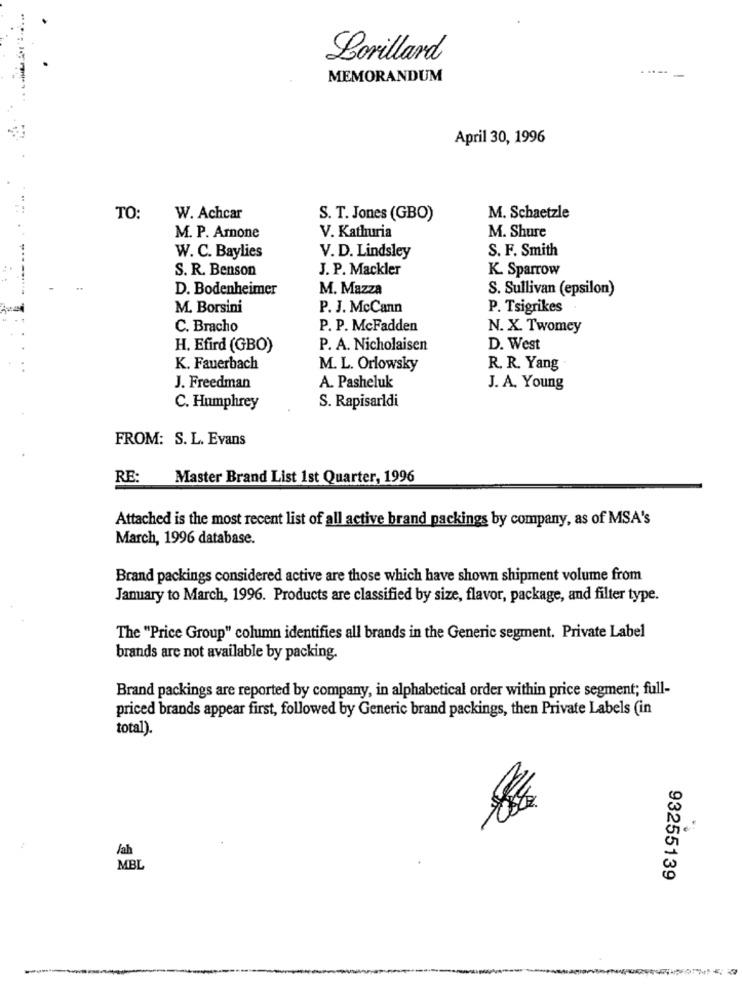
Lorillard
MEMORANDUM
April 30, 1996
TO:
W. Achcar
S. T. Jones (GBO)
M. Schaetzle
M. P. Amone
V. Kathuria
M. Shure
W. C. Baylies
S. F. Smith
V. D. Lindsley
S. R. Benson
J. P. Mackler
K. Sparrow
D. Bodenheimer
M. Mazza
S. Sullivan (epsilon)
M. Borsini
P. J. McCann
P. Tsigrikes
C. Bracho
P. P. McFadden
N. X. Twomey
H. Efird (GBO)
P. A. Nicholaisen
D. West
K. Fauerbach
M. L. Orlowsky
R. R. Yang
J. Freedman
A. Pasheluk
J. A. Young
C. Humphrey
S. Rapisarldi
FROM: S. L. Evans
RE:
Master Brand List 1st Quarter, 1996
Attached is the most recent list of all active brand packings by company, as of MSA's
March, 1996 database.
Brand packings considered active are those which have shown shipment volume from
January to March, 1996. Products are classified by size, flavor, package, and filter type.
The "Price Group" column identifies all brands in the Generic segment. Private Label
brands are not available by packing.
Brand packings are reported by company, in alphabetical order within price segment; full-
priced brands appear first, followed by Generic brand packings, then Private Labels (in
total).
/ah
MBL
93255139